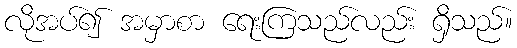
လိုအပ်၍ အမှာစာ ရေးကြသည်လည်း ရှိသည်။